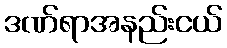
ဒဏ်ရာအနည်းငယ်